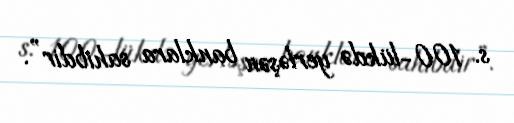
s. 100-lükdə yerləşən banklara sahibdir”.